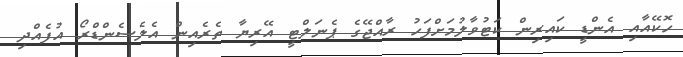
ހޮކޭއާއި އެންޑީ ކައިރިން ކަޓުވާލުމަށްފަހު ރާއްޖޭގެ ޕެނަލްޓީ އޭރިޔާ ތެރެއިން އެލެސެންޑްރޯ އުފެއްދި